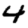
Digit: 4